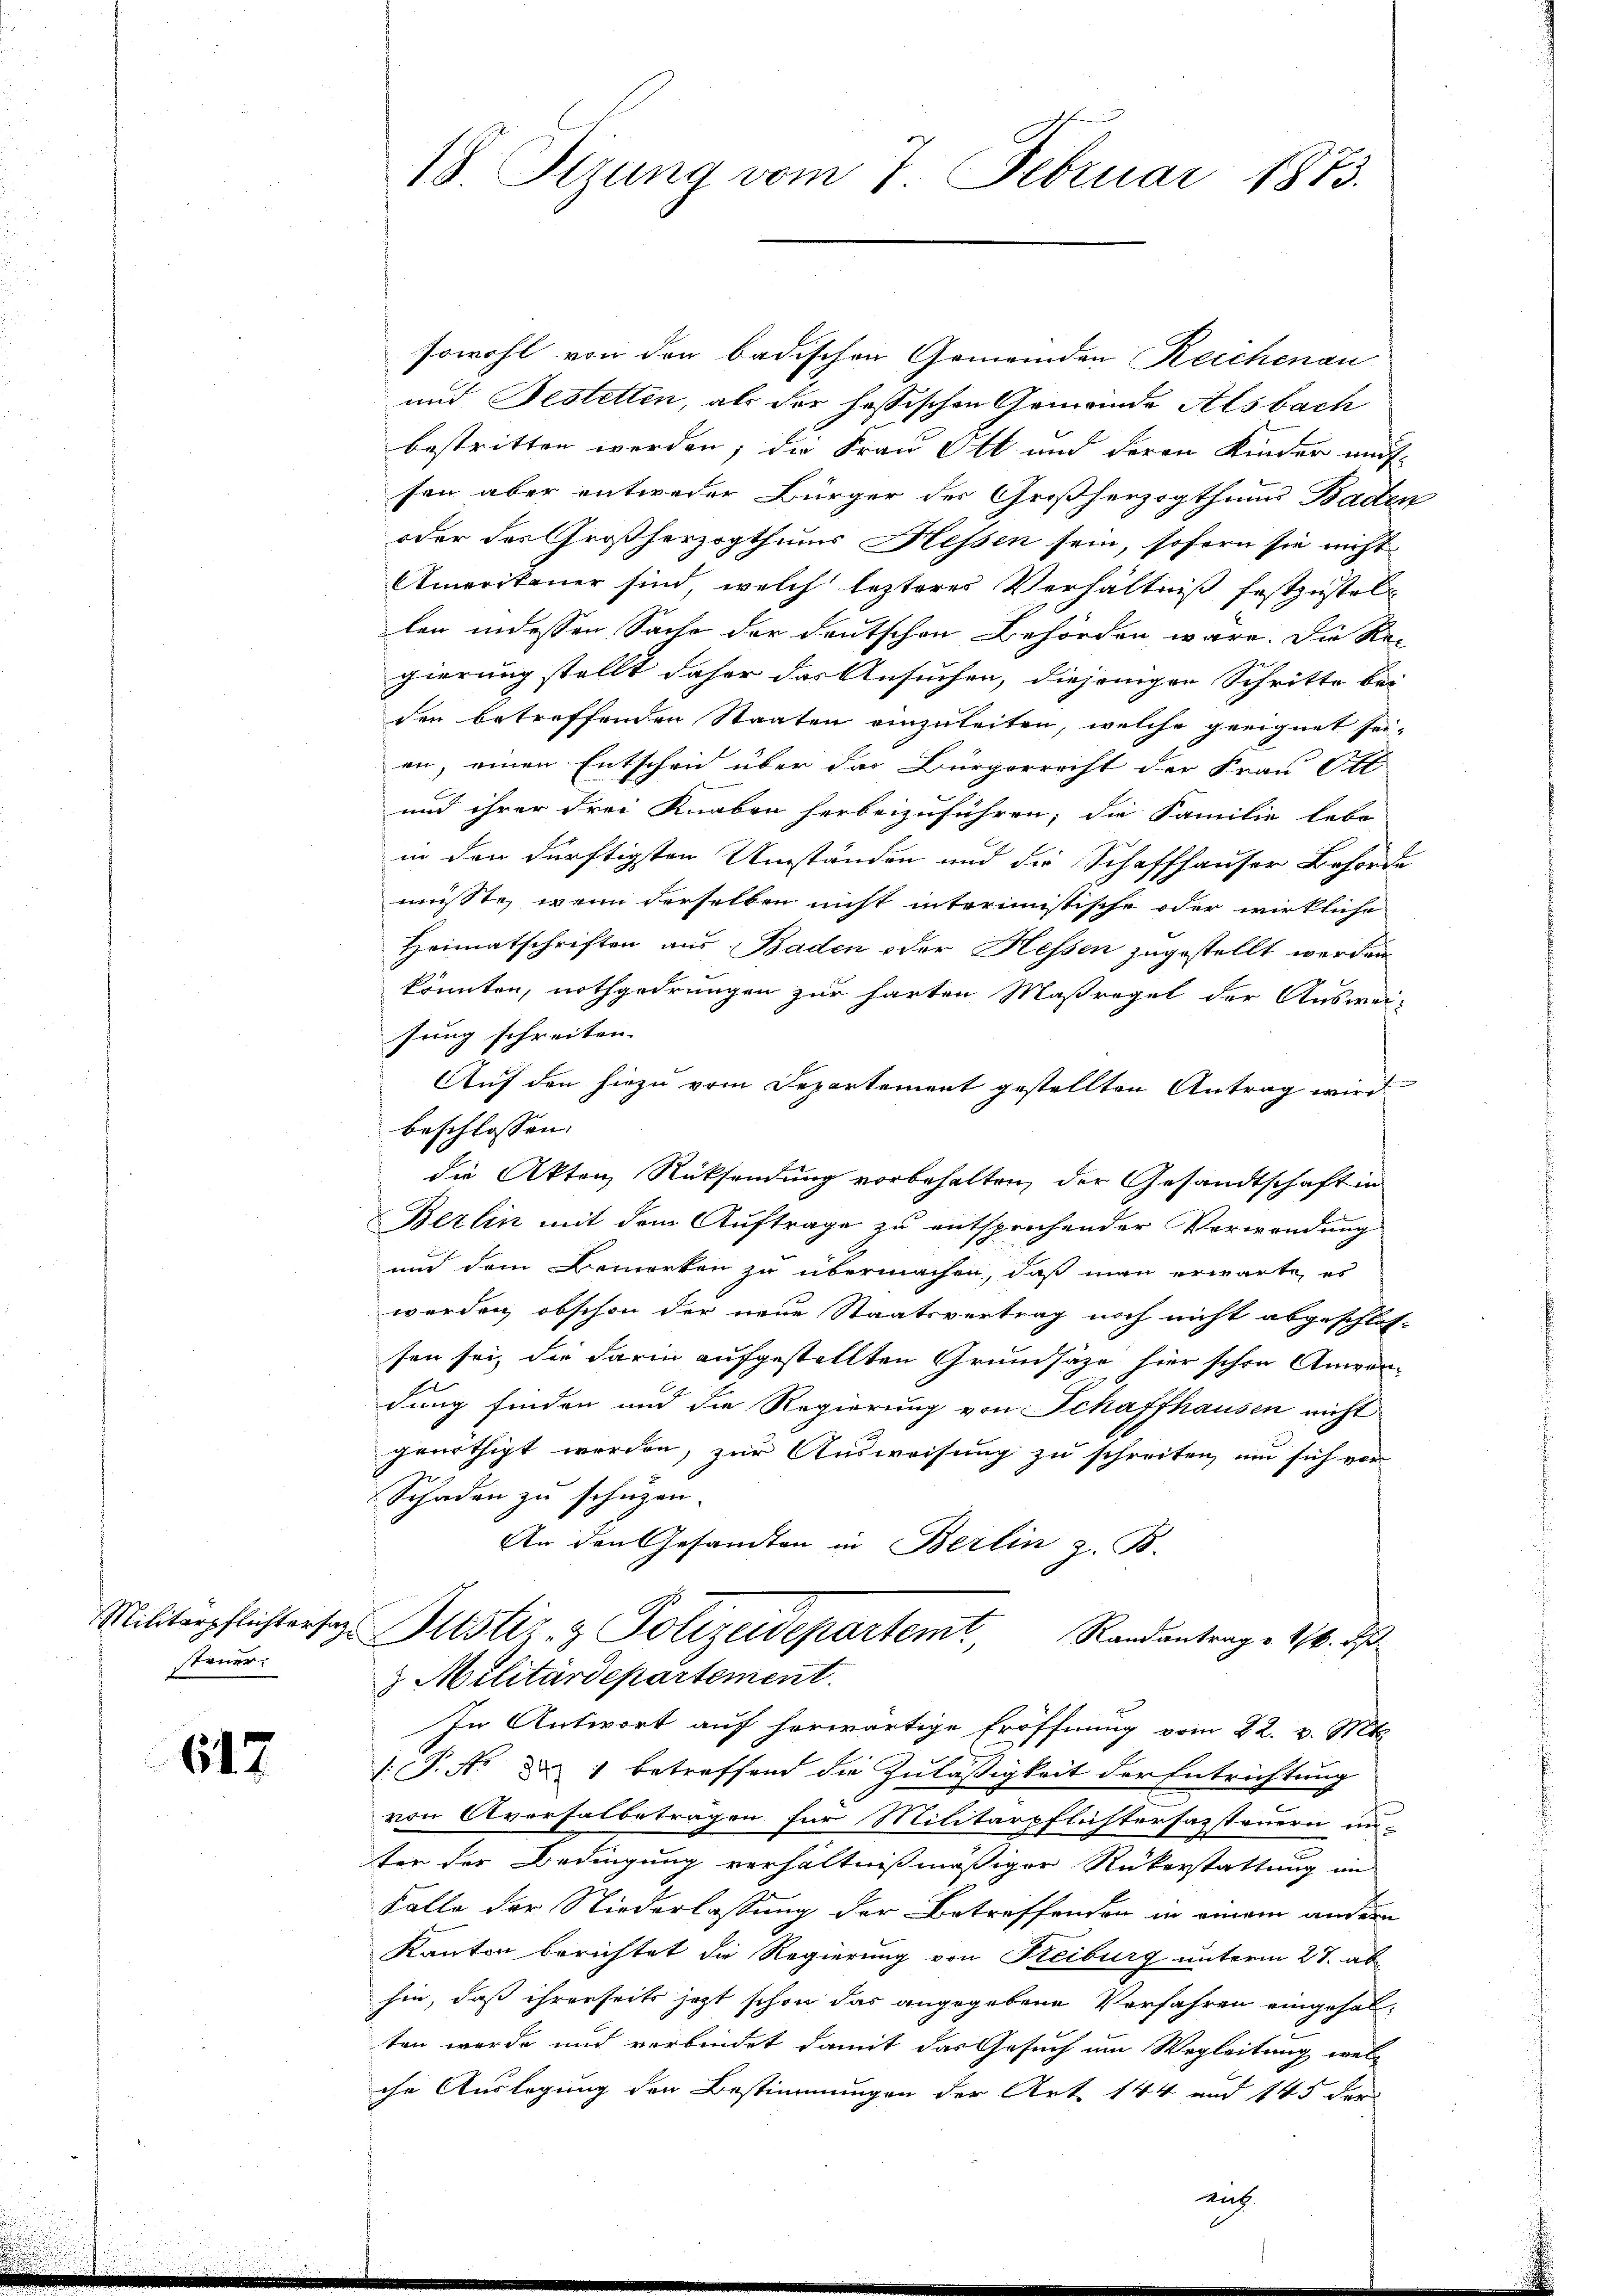
steuer.

617

sowohl von den badischen Gemeinden Reichenau
und Festetten, als der hassischen Gemeinde Alsbach
bestritten werden; die Frau Ott und deren Kinder aus-
sen aber entweder Bürger des Großherzogthums Baden
oder das Großherzogthums Hessen sein, sofern sie nicht
Amerikaner sind, welch lezteres Verhältniß festzustellen indessen Sache der deutschen Behörden wäre. Die Re-
gierung stellt daher das Ansuchen, diejenigen Schritte bei
den betreffenden Staaten einzuleiten, welche geeignet sei-
en, einen Entscheid über das Bürgerrecht der Frau Ott
und ihrer drei Knaben herbeizuführen; die Familie lebe
in den dürftigsten Umständen und die Schaffhauser Beförde
müsste, wenn derselben nicht interimistische oder wirkliche
Heimatschriften aus Baden oder Hessen zugestellt werden
könnten, nothgedrungen zur harten Maßregel der Auswei-
sung schreiten. |
Auf den hiezu vom Departement gestellten Antrag wird
beschlossen:
die Akten Rücksendung vorbehalten, der Gesandtschaft in
Berlin mit dem Auftrage zu entsprechender Verwendung
und dem Bemerken zu übermachen, daß man erwarte, es
werden, obschon der neue Staatsvertrag noch nicht abgeschlos-
sen sei, die darin aufgestellten Grundsätze hier schon Anwen-
dung finden und die Regierung von Schaffhausen nicht
genöthigt werden, zur Ausweisung zu schreiten, um sich vor
Schaden zu schuzen.
An den Gesandten in Berlin z. B.
Militärpflichtersaz Justiz- & Polizeidepartemt, Randantrage 116. ds
 Militärdepartement.
In Antwort auf herwärtige Eröffnung vom 22. v. Mts.
: P. Nr. 1 betreffend die Zuläßigkeit der Entrichtung
von Aversalbeträgen für Militärpflichtersazsteuern un
ter der Bedingung verhältnißmäßiger Rükerstattung im
Falle der Niederlassung der Betreffenden in einem andern
Kanton berichtet die Regierung von Freiburg unterm 27. abhin, daß ihrerseits jetzt schon das angegebene Verfahren eingehalten werde und verbindet damit das Gesuch um Wegleitung welc
che Auslegung der Bestimmungen der Art. 144 und 145 der

18. Sizung vom 7. Februar 1873.